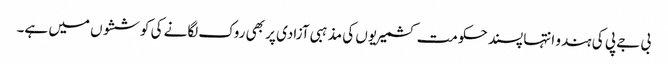
بی جے پی کی ہندو انتہا پسند حکومت کشمیریوں کی مذہبی آزادی پر بھی روک لگانے کی کوششوں میں ہے۔